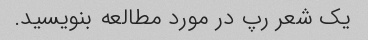
یک شعر رپ در مورد مطالعه بنویسید.